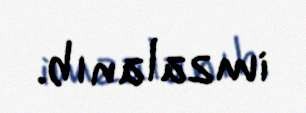
imzalanıb.